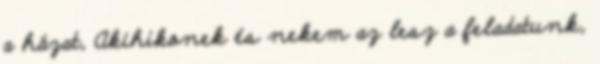
a házat, Akihikonek és nekem az lesz a feladatunk,